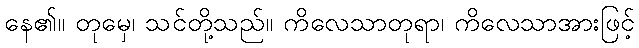
နေ၏။ တုမှေ၊ သင်တို့သည်။ ကိလေသာတုရာ၊ ကိလေသာအားဖြင့်